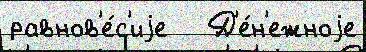
равнов'е́с'иjе   Д'е́н'ежноjе